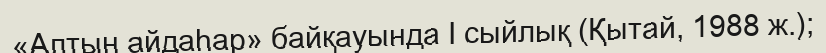
«Алтын айдаһар» байқауында I сыйлық (Қытай, 1988 ж.);